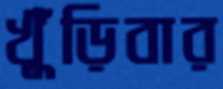
খুঁড়িবার